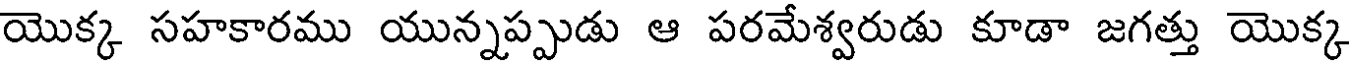
యొక్క సహకారము యున్నప్పుడు ఆ పరమేశ్వరుడు కూడా జగత్తు యొక్క